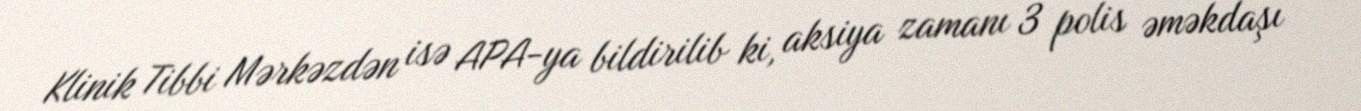
Klinik Tibbi Mərkəzdən isə APA-ya bildirilib ki, aksiya zamanı 3 polis əməkdaşı